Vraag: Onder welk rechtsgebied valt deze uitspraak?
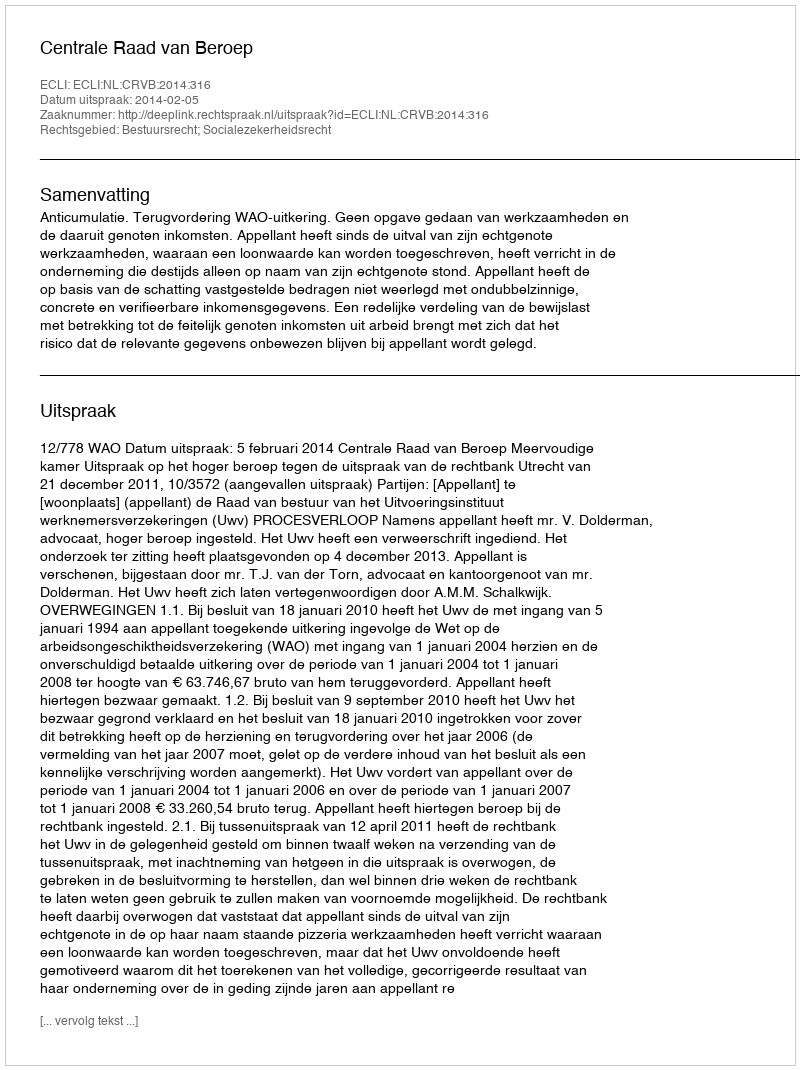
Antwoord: Bestuursrecht; Socialezekerheidsrecht